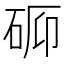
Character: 𬒉